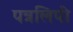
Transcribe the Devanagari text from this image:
पत्रलिपी